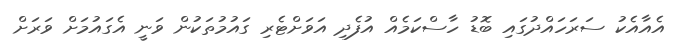
އެއާއެކު ސަރަހައްދުގައި ބޮޑު ހާސްކަމެއް އުފެދި އަވަށްޓެރި ގައުމުތަކުން ވަނީ އެގައުމަށް ވަރަށް